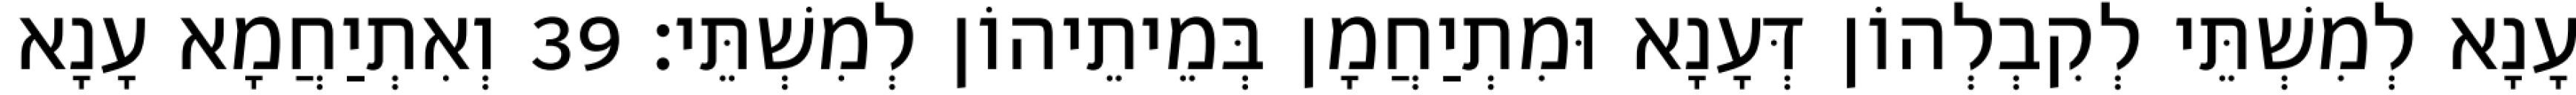
עָנָא לְמִשְׁתֵּי לְקִבְלְהוֹן דְּעָנָא וּמִתְיַחֲמָן בְּמֵיתֵיהוֹן לְמִשְׁתֵּי׃ 39 וְאִתְיַחֲמָא עָנָא